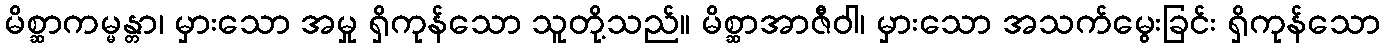
မိစ္ဆာကမ္မန္တာ၊ မှားသော အမှု ရှိကုန်သော သူတို့သည်။ မိစ္ဆာအာဇီဝါ၊ မှားသော အသက်မွေးခြင်း ရှိကုန်သော